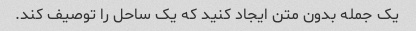
یک جمله بدون متن ایجاد کنید که یک ساحل را توصیف کند.